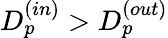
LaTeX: D_{p}^{(in)}>D_{p}^{(out)}